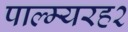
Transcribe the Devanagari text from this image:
पाल्म्यरह२